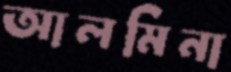
আলমিনা